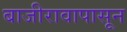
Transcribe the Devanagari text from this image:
बाजीरावापासून